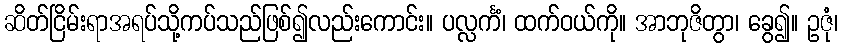
ဆိတ်ငြိမ်းရာအရပ်သို့ကပ်သည်ဖြစ်၍လည်းကောင်း။ ပလ္လင်္ကံ၊ ထက်ဝယ်ကို။ အာဘုဇိတွာ၊ ခွေ၍။ ဥဇုံ၊